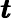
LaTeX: \pmb{t}